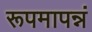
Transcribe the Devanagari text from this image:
रूपमापन्नं